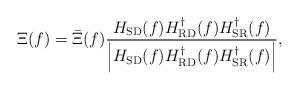
LaTeX: \begin{align*}\Xi(f) = \bar{\Xi}(f)\frac{H_{\rm SD}(f)H_{\rm RD}^\dagger(f)H_{\rm SR}^\dagger(f)}{\left|H_{\rm SD}(f)H_{\rm RD}^\dagger(f)H_{\rm SR}^\dagger(f)\right|},\end{align*}